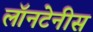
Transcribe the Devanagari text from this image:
लॉनटेनीस